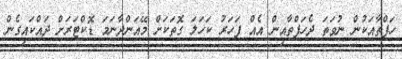
ހަފްތާއަކުން ނުވަތަ ދެހަފްތާއިން އެއް ފަހަރު ކަހަލަ ގޮތަކަށް މޭއަންދާނަމަ ޑޮކްޓަރަށް ދައްކައިގެން